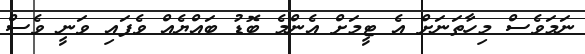
ނަމަވެސް މިހާތަނަށް އެ ޓީމަށް އެންމެ ބޮޑު ބައްޔެއް ވެފައި ވަނީ ވެސް